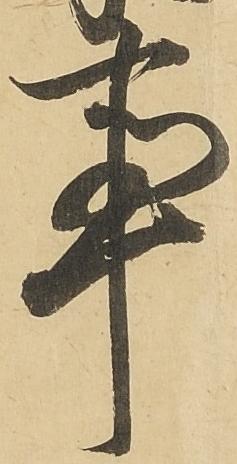
事